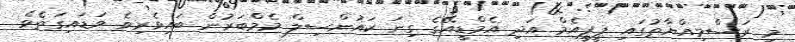
މި ރަސްމިއްޔާތުގައި ޕީޕީއެމް އަދި އެމްޑީއޭގެ ގިނަ ކައުންސިލް މެމްބަރުން ބައިވެރިވެ ވަޑައިގަތެވެ.